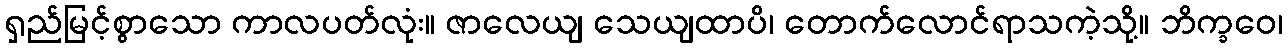
ရှည်မြင့်စွာသော ကာလပတ်လုံး။ ဇာလေယျ သေယျထာပိ၊ တောက်လောင်ရာသကဲ့သို့။ ဘိက္ခဝေ၊